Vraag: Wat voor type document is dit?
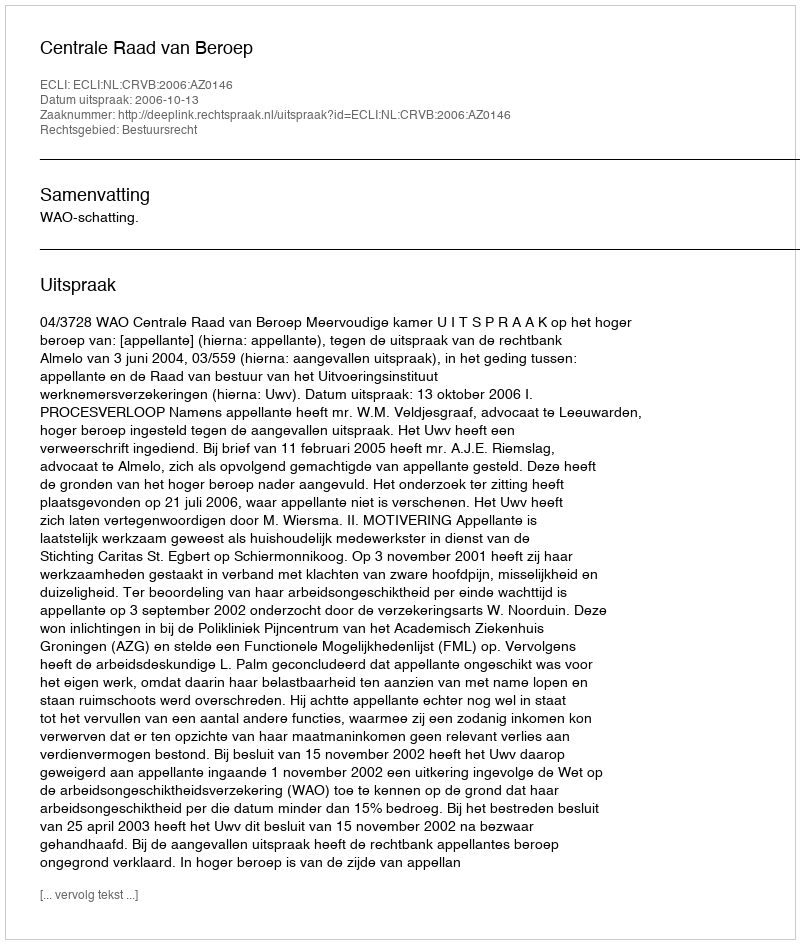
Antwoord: Uitspraak